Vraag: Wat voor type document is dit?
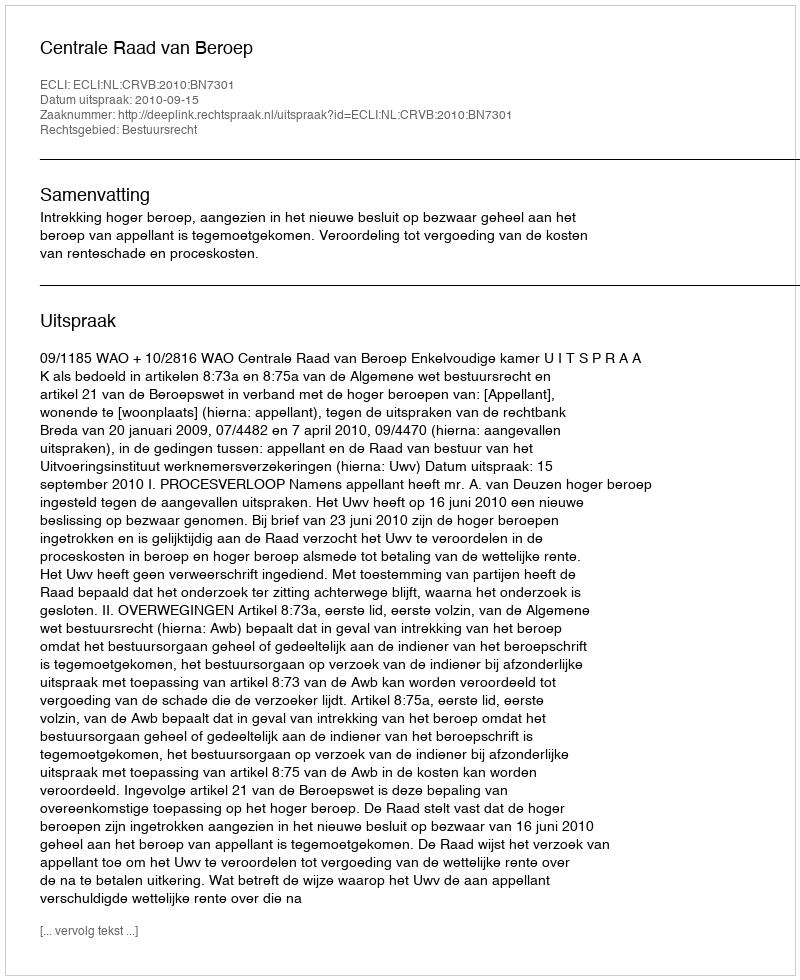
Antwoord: Uitspraak